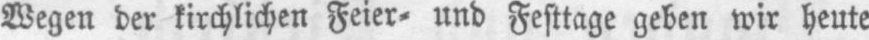
Wegen der kirchlichen Feier⸗ und Festtage geben wir heute